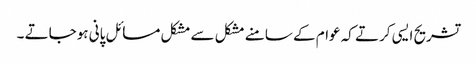
تشریح ایسی کرتے کہ عوام کے سامنے مشکل سے مشکل مسائل پانی ہوجاتے ۔